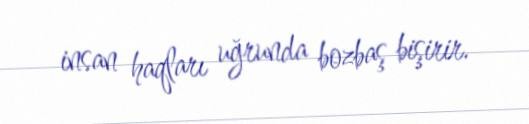
insan haqları uğrunda bozbaş bişirir.